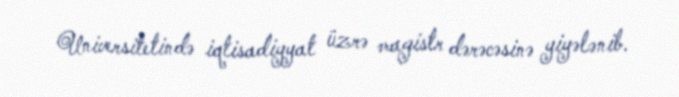
Universitetində iqtisadiyyat üzrə magistr dərəcəsinə yiyələnib.